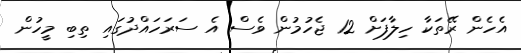
އެހެން ރޭތަކާ ހިލާފަށް 12 ޖެހުމުން ވެސް އެ ސަރަހައްދުގައި ތިބި މީހުން